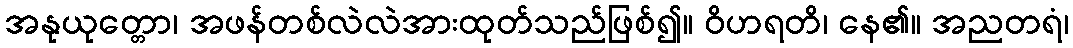
အနုယုတ္တော၊ အဖန်တစ်လဲလဲအားထုတ်သည်ဖြစ်၍။ ဝိဟရတိ၊ နေ၏။ အညတရံ၊